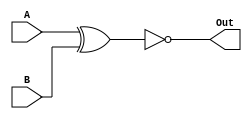
		//XNOR gate
module XNOR_gate(A, B, Out); 
  input [31:0] A;
  input [31:0] B;
  output [31:0] Out;
  assign Out = ~(A ^ B);
endmodule